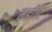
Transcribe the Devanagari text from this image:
मर्हावटे